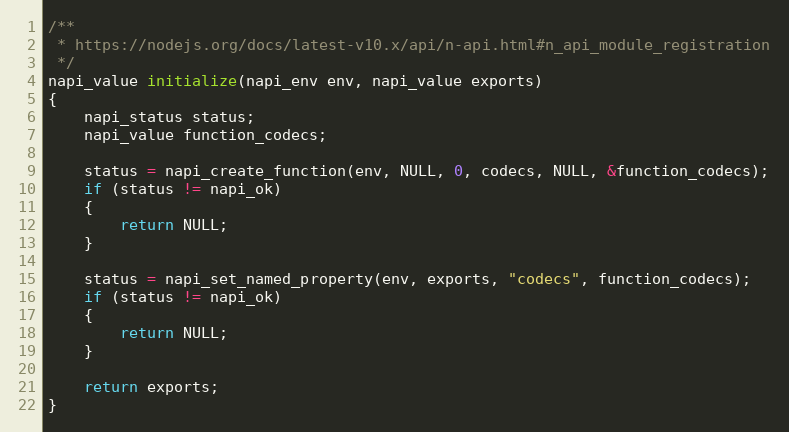
Language: C
/**
 * https://nodejs.org/docs/latest-v10.x/api/n-api.html#n_api_module_registration
 */
napi_value initialize(napi_env env, napi_value exports)
{
    napi_status status;
    napi_value function_codecs;

    status = napi_create_function(env, NULL, 0, codecs, NULL, &function_codecs);
    if (status != napi_ok)
    {
        return NULL;
    }

    status = napi_set_named_property(env, exports, "codecs", function_codecs);
    if (status != napi_ok)
    {
        return NULL;
    }

    return exports;
}